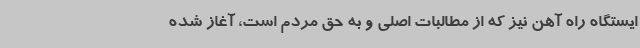
ایستگاه راه آهن نیز که از مطالبات اصلی و به حق مردم است، آغاز شده